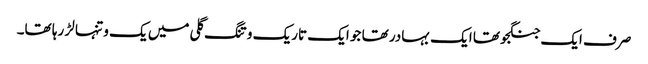
صرف ایک جنگجو تھا ایک بہادر تھا جو ایک تاریک و تنگ گلی میں یک و تنہا لڑ رہا تھا۔